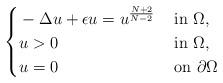
LaTeX: \begin{align*}\left\{\begin{aligned}&-\Delta u+\epsilon u=u^{N+2\over N-2}\ && \hbox{in}\ \Omega,\\ & u>0 \ && \hbox{in}\ \Omega, \\ &u=0 \ && \hbox{on}\ \partial\Omega\end{aligned}\right.\end{align*}